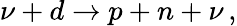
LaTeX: \nu+d\to p+n+\nu\, ,